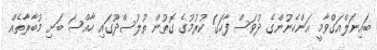
ބައިނަލްއަގްވާމީ އަންހެނުންގެ ދުވަސް ފާހަގަ ކުރުމުގެ ގޮތުން ތުލުސްދޫގައި ހާއްސަ ބަށި މުބާރާތެއް